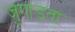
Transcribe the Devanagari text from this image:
जुगाड़ता